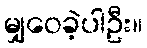
မျှဝေခဲ့ပါဦး။